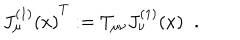
{ J _ { \mu } ^ { ( 1 ) } ( x ) } ^ { T } : = T _ { \mu \nu } J _ { \nu } ^ { ( 1 ) } ( x ) \; \; .